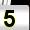
Digit: 5